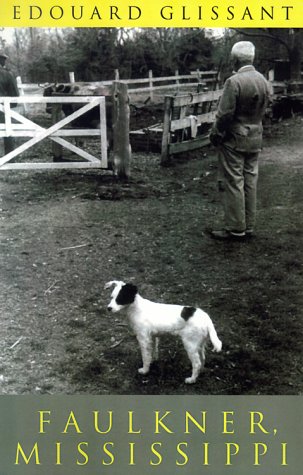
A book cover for Faulkner, Mississippi; Edouard Glissant; Travel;